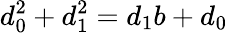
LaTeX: d_{0}^{2}+d_{1}^{2}=d_{1}b+d_{0}